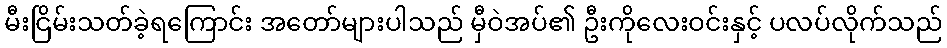
မီးငြိမ်းသတ်ခဲ့ရကြောင်း အတော်များပါသည် မှီဝဲအပ်၏ ဦးကိုလေးဝင်းနှင့် ပလပ်လိုက်သည်